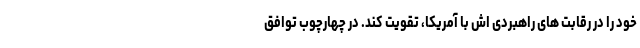
خود را در رقابت های راهبردی اش با آمریکا، تقویت کند. در چهارچوب توافق